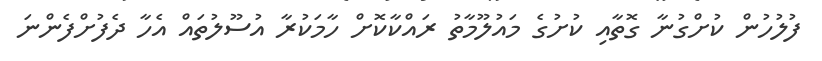
ފުލުހުން ކުށްގުނާ ގޮތާއި ކުށުގެ މައުލޫމާތު ރައްކާކޮށް ހާމަކުރާ އުސޫލުތައް އެހާ ދެފުށްފެންނަ